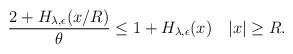
\begin{align*} \begin{aligned} \frac{2+H_{\lambda,\epsilon}(x/R)}{\theta}\leq 1+H_{\lambda,\epsilon}(x)~~~|x|\geq R. \end{aligned} \end{align*}